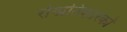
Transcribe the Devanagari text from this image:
रोग्प्रतिकारकों